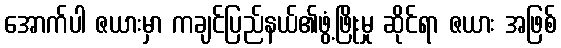
အောက်ပါ ဇယားမှာ ကချင်ပြည်နယ်၏ဖွံ့ဖြိုးမှု ဆိုင်ရာ ဇယား အဖြစ်